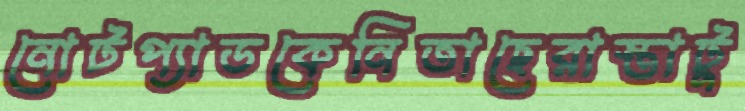
নোটপ্যাডকেনিতাছেরাস্তাটু